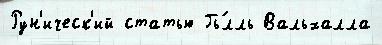
Рун'ическ'ий статью Гь́лль Вальхалла